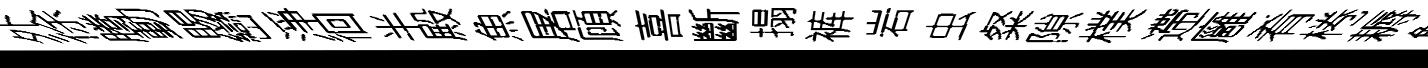
外徐腾動賜巒淨徊半殿魚屠頋喜斷搨裤岩虫粲隙樸遰廱肴棬耨斛